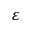
\varepsilon